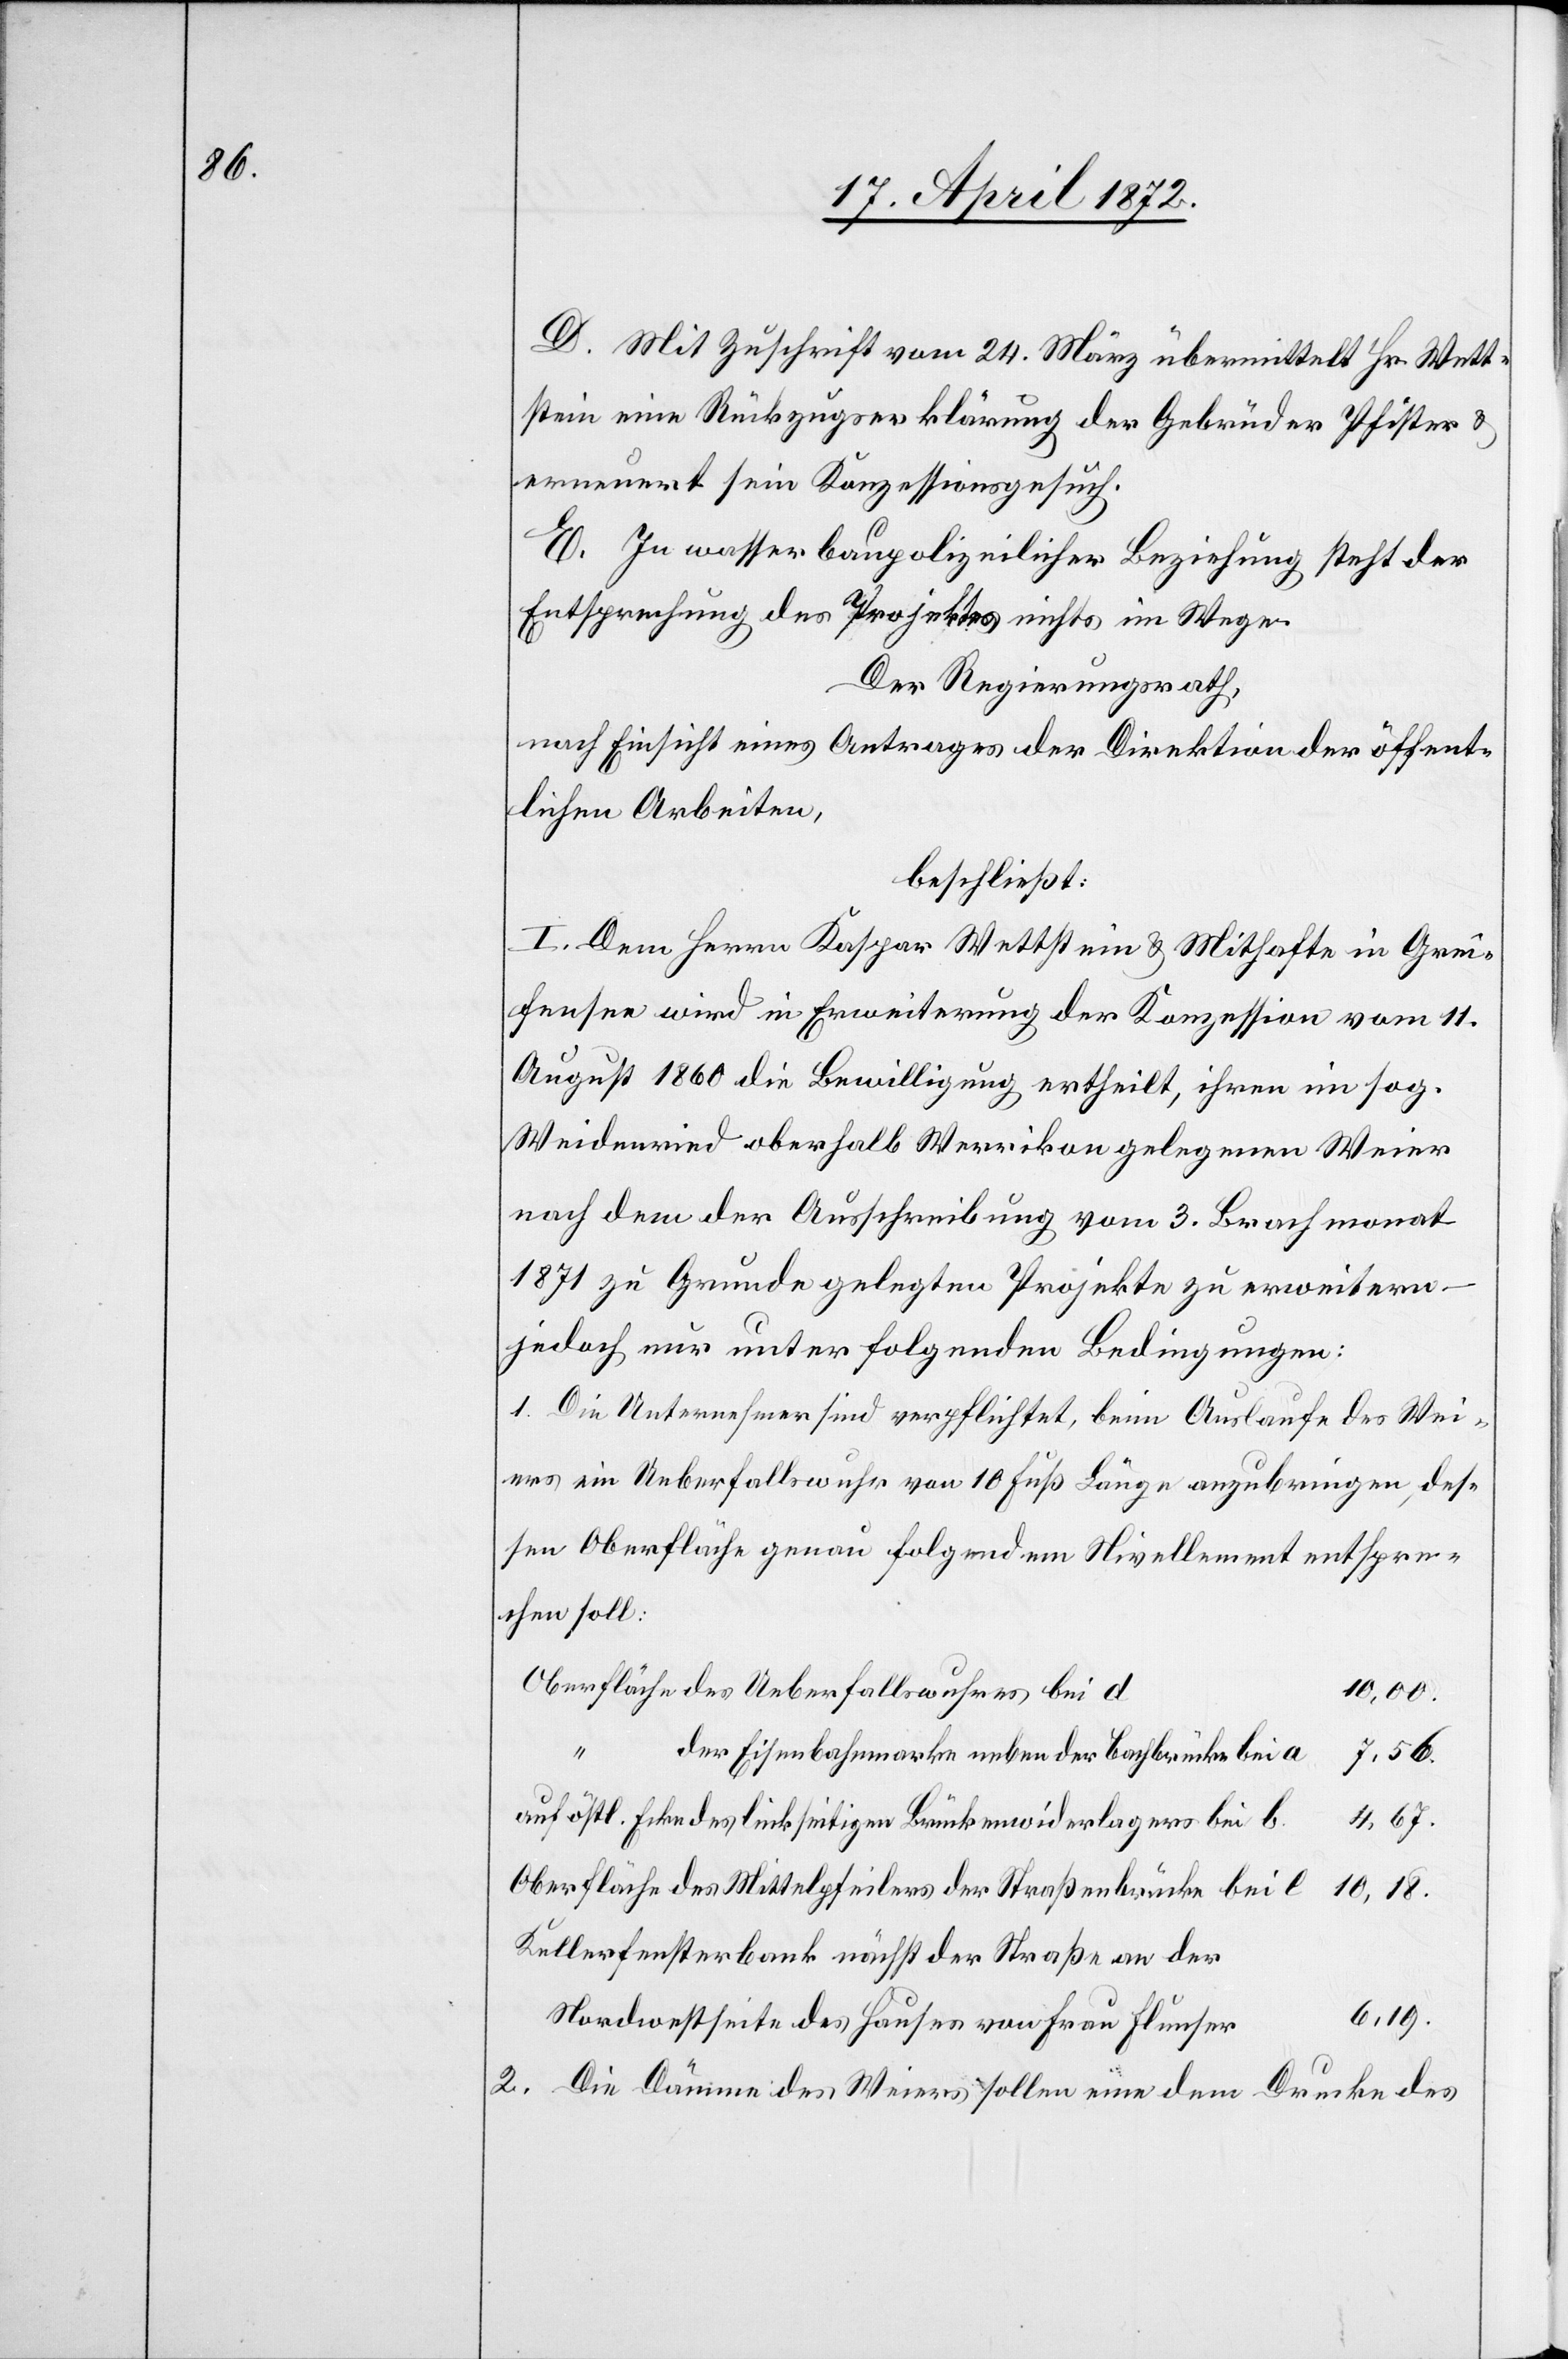
D. Mit Zuschrift vom 24. März übermittelt Hr. Wett¬
stein eine Rückzugserklärung der Gebrüder Pfister u.
erneuert sein Konzessionsgesuch.
E. In wasserbaupolizeilicher Beziehung steht der
Entsprechung des Projektes nichts im Wege.
Der Regierungsrath,
nach Einsicht eines Antrages der Direktion der öffent¬
lichen Arbeiten,
beschließt:
I. Dem Herrn Kaspar Wettstein u. Mithafte in Grei¬
fensee wird in Erweiterung der Konzession vom 11.
August 1860 die Bewilligung ertheilt, ihren im sog.
Weidenried oberhalb Werrikon gelegenen Weier
nach dem der Ausschreibung vom 3. Brachmonat
1871 zu Grunde gelegten Projekte zu erweitern
jedoch nur unter folgenden Bedingungen:
1. Die Unternehmer sind verpflichtet, beim Auslaufe des Wei¬
ers ein Ueberfallswuhr von 10 Fuß Länge anzubringen, des¬
sen Oberfläche genau folgendem Nivellement entspre¬
chen soll:
Oberfläche des Ueberfallswuhres bei d
10,00.
der Eisenbahnmarke neben der Bachbrücke bei a
7,56.
4,67.
auf östl. Ecke des linkseitigen Brückenwiderlagers bei b
Oberfläche des Mittelpfeilers der Straßenbrücke bei l
10,18.
Kellerfensterbank nächst der Straße an der
6,19.
Nordostseite des Hauses von Frau Flunser
2. Die Dämme des Weiers sollen eine dem Drucke des